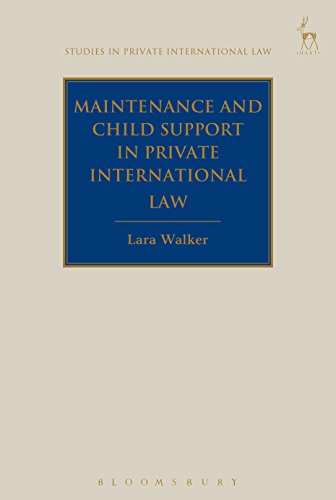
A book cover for Maintenance and Child Support in Private International Law (Studies in Private International Law); Lara Walker; Law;